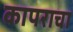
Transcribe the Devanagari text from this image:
कापराचा